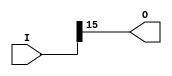
`timescale 1ns / 1ps

module ISNEG16(I, O);
    

   output O;

   input [15:0]I;

	assign O = I[15];

endmodule